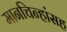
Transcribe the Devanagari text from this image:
मानचिन्हांसह